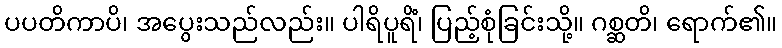
ပပတိကာပိ၊ အပွေးသည်လည်း။ ပါရိပူရိံ၊ ပြည့်စုံခြင်းသို့။ ဂစ္ဆတိ၊ ရောက်၏။